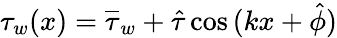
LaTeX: \tau_{w}(x)=\overline{{\tau}}_{w}+\hat{\tau}\cos{(kx+\hat{\phi})}